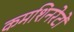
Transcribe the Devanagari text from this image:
कमशिनरेटों